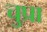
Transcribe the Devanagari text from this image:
चुप्रा